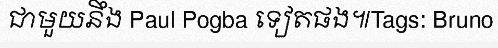
ជាមួយនឹង Paul Pogba ទៀតផង៕Tags: Bruno